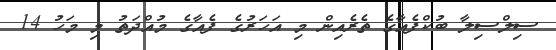
ސިލްސިލާ ބުކްފެއާގެ ތެރެއިން މި އަހަރުގެ ފެއާގެ މުއްދަތު މި މަހު 14